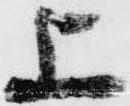
上